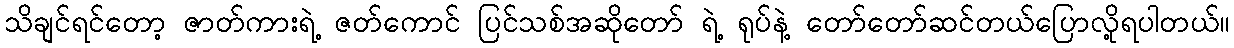
သိချင်ရင်တော့ ဇာတ်ကားရဲ့ ဇတ်ကောင် ပြင်သစ်အဆိုတော် ရဲ့ ရုပ်နဲ့ တော်တော်ဆင်တယ်ပြောလို့ရပါတယ်။